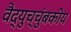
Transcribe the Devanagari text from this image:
वैद्युच्चुंबकीय